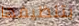
بتنظيفها